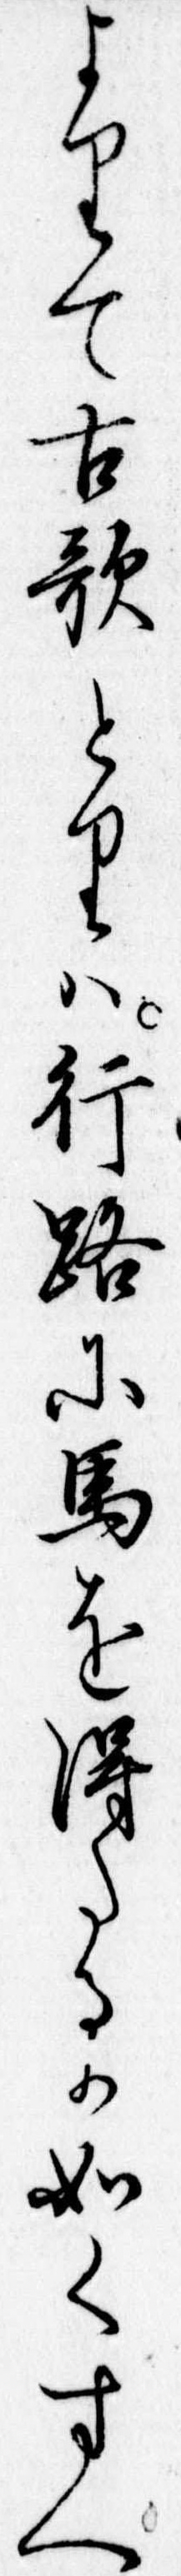
よりて古歌とりは行路に馬を得たるか如くすへ